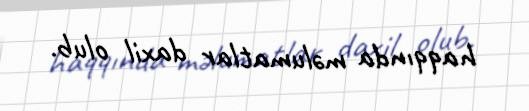
haqqında məlumatlar daxil olub.